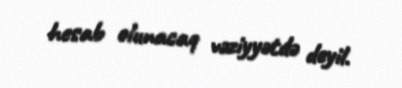
hesab olunacaq vəziyyətdə deyil.